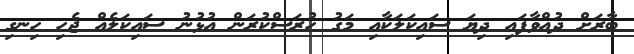
ބާރަށް ދުއްވާފައި ދިޔަ ސައިކަލަކާއި މަގު ހުރަސްކުރަން އުޅުނު ސައިކަލެއް ޖެހި ހިނގި